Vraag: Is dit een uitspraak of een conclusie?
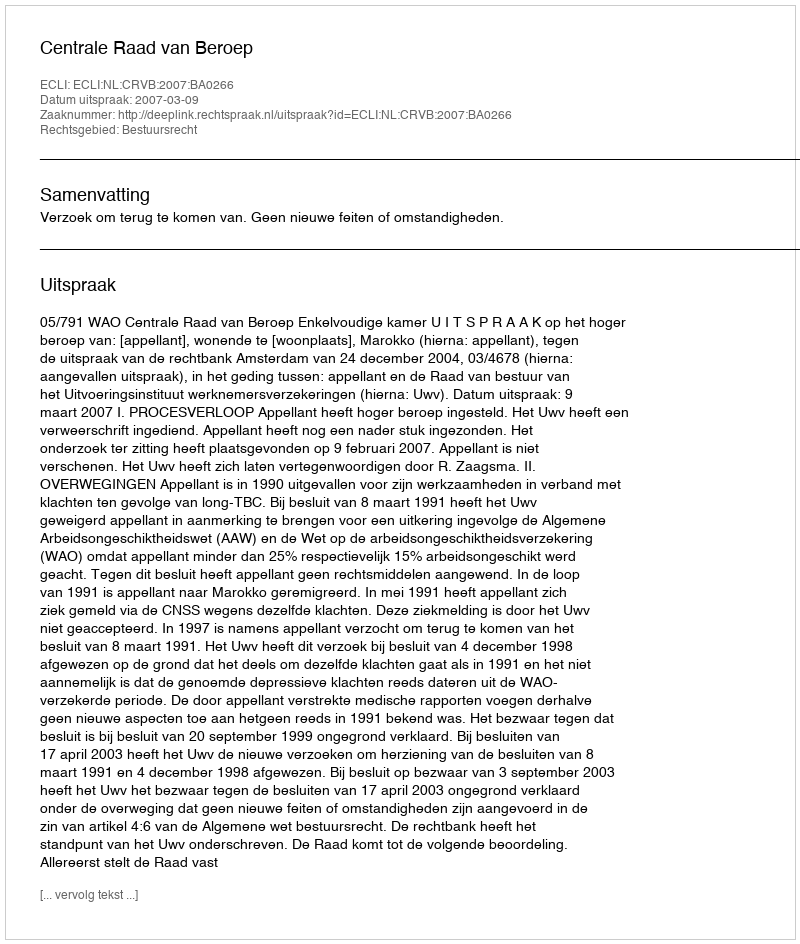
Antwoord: Uitspraak